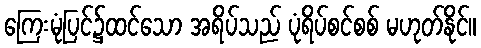
ကြေးမုံပြင်၌ထင်သော အရိပ်သည် ပုံရိပ်စင်စစ် မဟုတ်နိုင်။